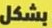
بشكل